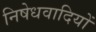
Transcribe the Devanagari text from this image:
निषेधवादियों